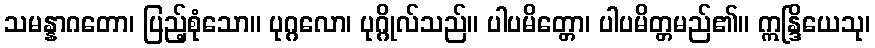
သမန္နာဂတော၊ ပြည့်စုံသော။ ပုဂ္ဂလော၊ ပုဂ္ဂိုလ်သည်။ ပါပမိတ္တော၊ ပါပမိတ္တမည်၏။ ဣန္ဒြိယေသု၊